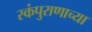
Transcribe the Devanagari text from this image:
स्कंपुराणाच्या